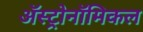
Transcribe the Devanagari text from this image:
अॅस्ट्रोनॉमिकल